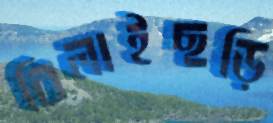
বিলাইছড়ি